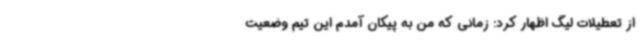
از تعطیلات لیگ اظهار کرد: زمانی که من به پیکان آمدم این تیم وضعیت